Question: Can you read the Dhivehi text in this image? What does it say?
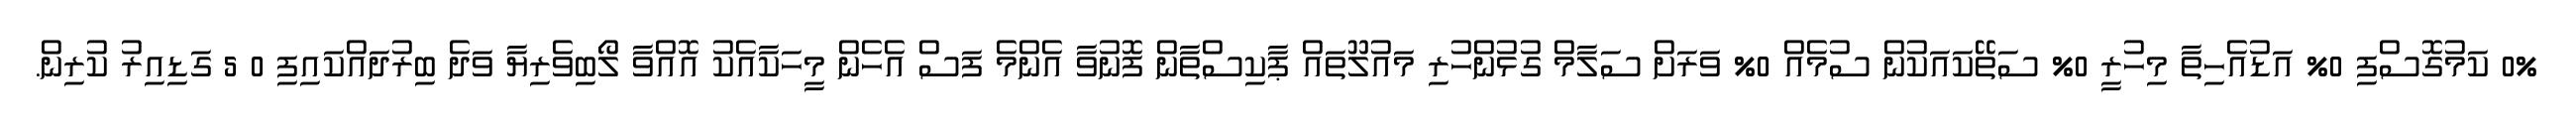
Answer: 0% ކަމުގޮސްފި 0% އަޑުއެހިތާ މިހުރީ 0% ސަތޭކައަކުން ސުމެއް 0% ވަރަށް ސަލާމް ގުޅުންހުރި މައުލޫތައް ޕާކިސްތާން ފޮނުވާ އެންމެ ފަސް އެހެން މީހަކާއެކު އޮއްވާ ލޯބިވެރިޔާ ވަދެ ބިރުދައްކައިފި 0 5 ގަޑިއިރު ކުރިން.